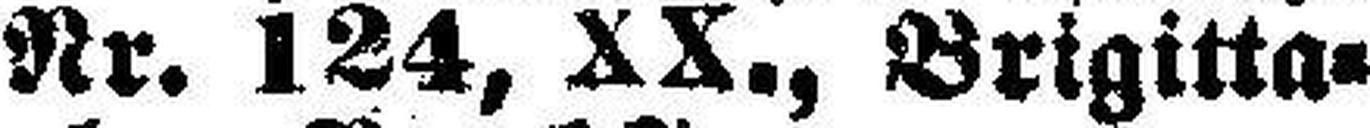
Nr. 124, XX., Brigitta¬